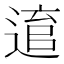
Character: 𨕕